Calcutta medical institutions reports 1871-78
Year: 1871
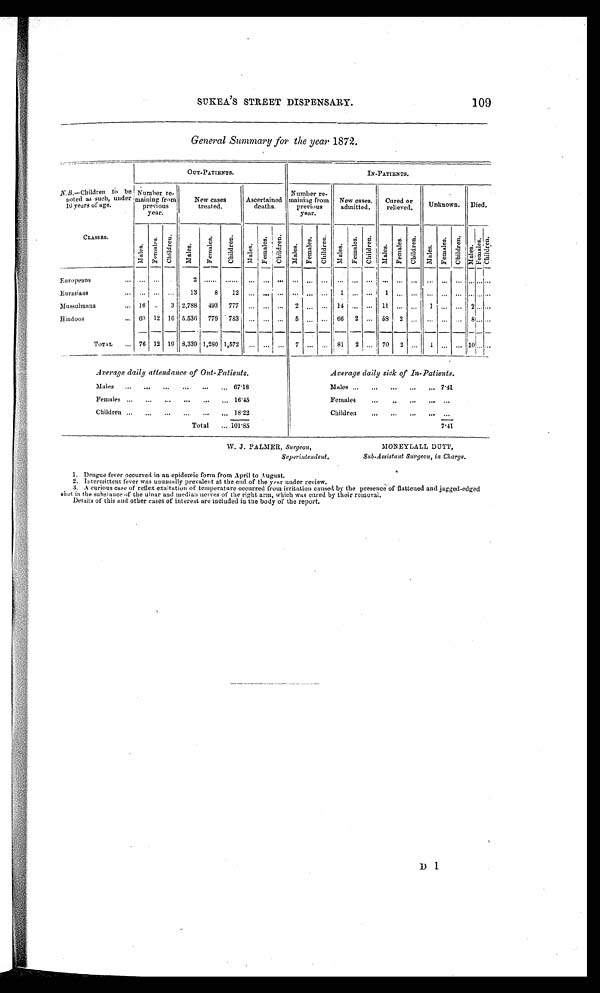
•
• .
SUKEA'S STREET DISPENSARY.
109
D
General Summary for the year 1872..
N.B.—Children to be
OUT-PATIENTS.
IN-PATIENTS.
Number re-
Number re-
noted as such, under
10 years of age.
maining from
previous
New cases
treated.
Ascertained
deaths.
maining from
previous
New cases.
admitted.
Cured or
relieved.
Unknown.
Died.
year.
year.
CLASSES.
MalesFemales C h i l d r e n
Europeans
2 ......
Eurasians
13
8
12
Mussulmans
16
3 2,788
493
777
2
14
11
2
Hindoos
60 12 16 5,536
779
783
5
66
2
58
2
TOT AL
76 12 19 3,339 1,280 1,572
7
81
2
70
2
10
Average daily attendance of Out-Patients.
Average daily sick of In-Patients.
Males
... 67'18
Males
7'41
Females
1 6 . 4 5
Females
Children ...
18•22
Children
Total
... 10.'85
7'41.
W. J. PALMER, Surgeon,
MONEY GALL D UTT,
Superintendent.
Sub-Assistant Surgeon, in Charge.
1. Dengue fever occurred in an epidemic form from April to August.
2. Intermittent fever was unusually prevalent at the end of the year under review.
3. A curious case of reflex exaltation of temperature occurred from irritation caused by the presence of flattened and jagged-edged
shot in the substance of the ulnar and median nerves of the right arm, which was cured by their removal.
Details of this and other cases of interest are included iu the body of the report.
•..